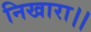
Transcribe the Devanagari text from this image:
निखारा।।